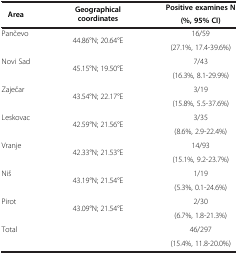
<table><thead><tr><td rowspan="2"><b>Area</b></td><td rowspan="2"><b>Geographical coordinates</b></td><td><b>Positive examines N</b></td></tr><tr><td><b>(%, 95% CI)</b></td></tr></thead><tbody><tr><td rowspan="2">Pančevo</td><td rowspan="2">44.86°N; 20.64°E</td><td>16/59</td></tr><tr><td>(27.1%, 17.4-39.6%)</td></tr><tr><td rowspan="2">Novi Sad</td><td rowspan="2">45.15°N; 19.50°E</td><td>7/43</td></tr><tr><td>(16.3%, 8.1-29.9%)</td></tr><tr><td rowspan="2">Zaječar</td><td rowspan="2">43.54°N; 22.17°E</td><td>3/19</td></tr><tr><td>(15.8%, 5.5-37.6%)</td></tr><tr><td rowspan="2">Leskovac</td><td rowspan="2">42.59°N; 21.56°E</td><td>3/35</td></tr><tr><td>(8.6%, 2.9-22.4%)</td></tr><tr><td rowspan="2">Vranje</td><td rowspan="2">42.33°N; 21.53°E</td><td>14/93</td></tr><tr><td>(15.1%, 9.2-23.7%)</td></tr><tr><td rowspan="2">Niš</td><td rowspan="2">43.19°N; 21.54°E</td><td>1/19</td></tr><tr><td>(5.3%, 0.1-24.6%)</td></tr><tr><td rowspan="2">Pirot</td><td rowspan="2">43.09°N; 21.54°E</td><td>2/30</td></tr><tr><td>(6.7%, 1.8-21.3%)</td></tr><tr><td rowspan="2">Total</td><td> </td><td>46/297</td></tr><tr><td> </td><td>(15.4%, 11.8-20.0%)</td></tr></tbody></table>